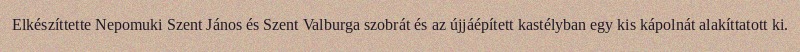
Elkészíttette Nepomuki Szent János és Szent Valburga szobrát és az újjáépített kastélyban egy kis kápolnát alakíttatott ki.